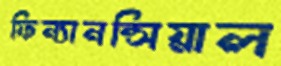
ফিন্যানন্সিয়াল